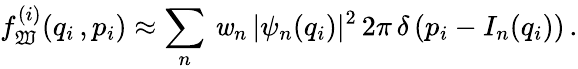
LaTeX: f_{\mathfrak{W}}^{(i)}(q_{i}\, ,p_{i})\approx\sum_{n}^{}\, \mathit{w}_{n}\, |\psi_{n}(q_{i})|^{2}\, 2\pi\, \delta\left(p_{i}-I_{n}(q_{i})\right)\, .